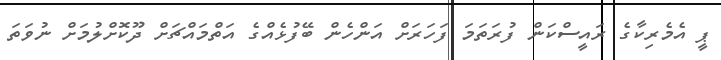
ޕީ އެމެރިކާގެ ރައީސްކަން ފުރަތަމަ ފަހަރަށް އަންހެން ބޭފުޅެއްގެ އަތްމައްޗަށް ދޫކޮށްލުމަށް ނުވަތަ